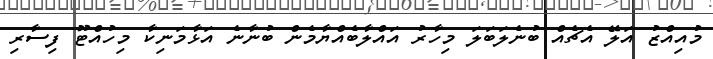
މުއިއްޒު އަލޭ އެޗެއް ބުނެލަބަލަ މިހާރު އައްލާބެއްޔާމެން ބުނާނެ އަޅާމަނިކާ މިހުއްޓޫ ފިސާރި